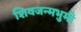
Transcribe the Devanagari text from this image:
शिवजन्मभुमी